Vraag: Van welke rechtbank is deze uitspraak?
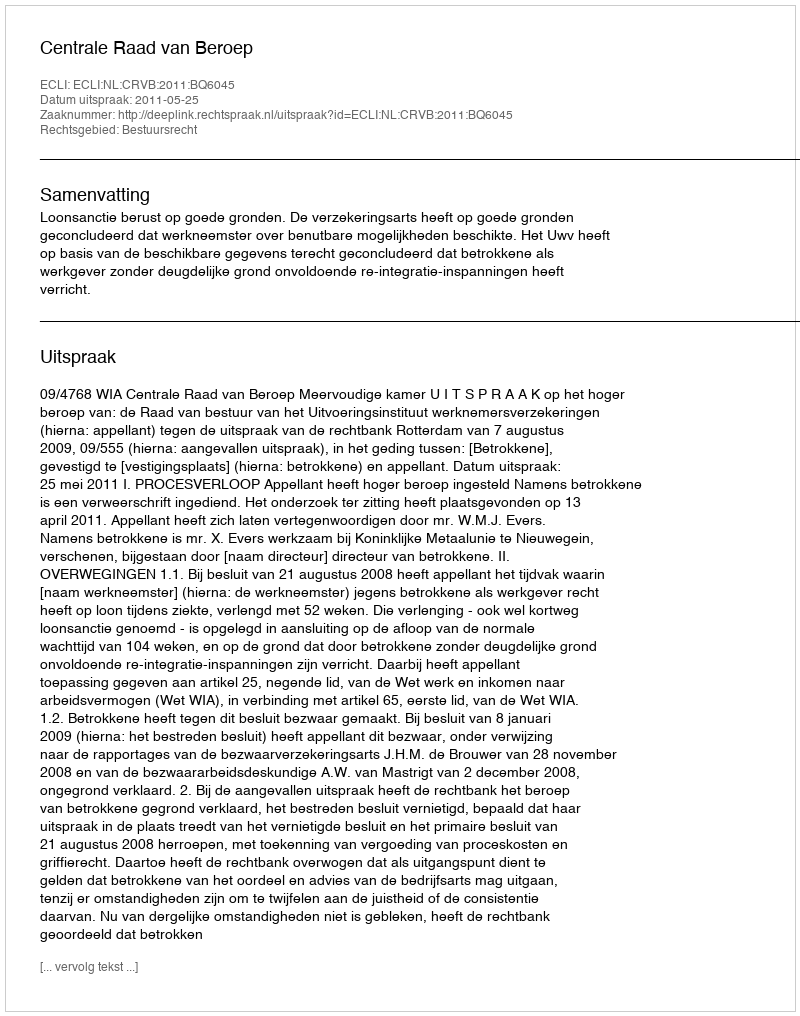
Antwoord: Centrale Raad van Beroep